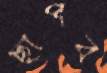
ছাপব